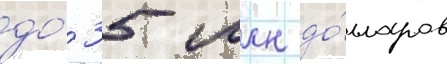
до́ 35 млн до́лларов